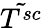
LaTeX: \tilde{T^{sc}}